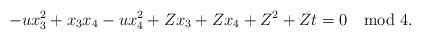
\begin{align*} -ux_3^2 + x_3x_4 - ux_4^2 + Zx_3 + Zx_4 + Z^2 + Zt = 0 \mod 4.\end{align*}